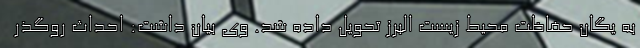
به یگان حفاظت محیط زیست البرز تحویل داده شد. وی بیان داشت: احداث روگذر